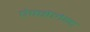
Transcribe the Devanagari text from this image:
ऐक्सेलेन्ट